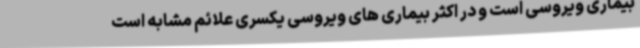
بیماری ویروسی است و در اکثر بیماری های ویروسی یکسری علائم مشابه است